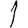
Digit: 1